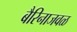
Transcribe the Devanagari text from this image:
बैरिनाजवळ